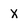
Character: x